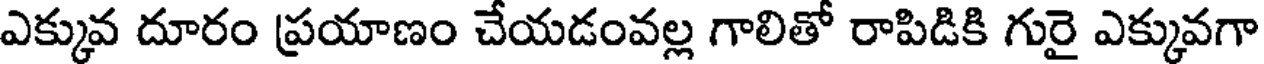
ఎక్కువ దూరం ప్రయాణం చేయడంవల్ల గాలితో రాపిడికి గురై ఎక్కువగా